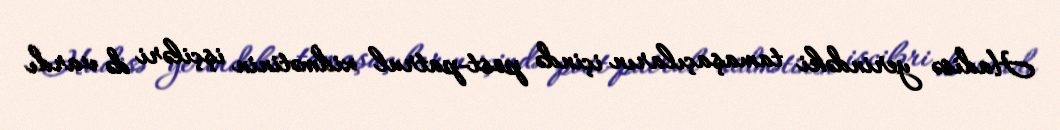
Hadisə yerindəki tamaşaçıların içində post-patrul xidmətinin işçiləri də vardı